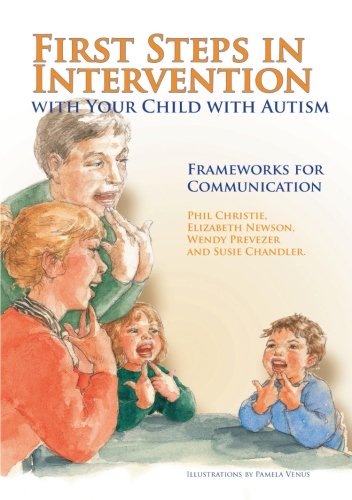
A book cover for First Steps in Intervention with Your Child with Autism: Frameworks for Communication; Susie Chandler; Parenting & Relationships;